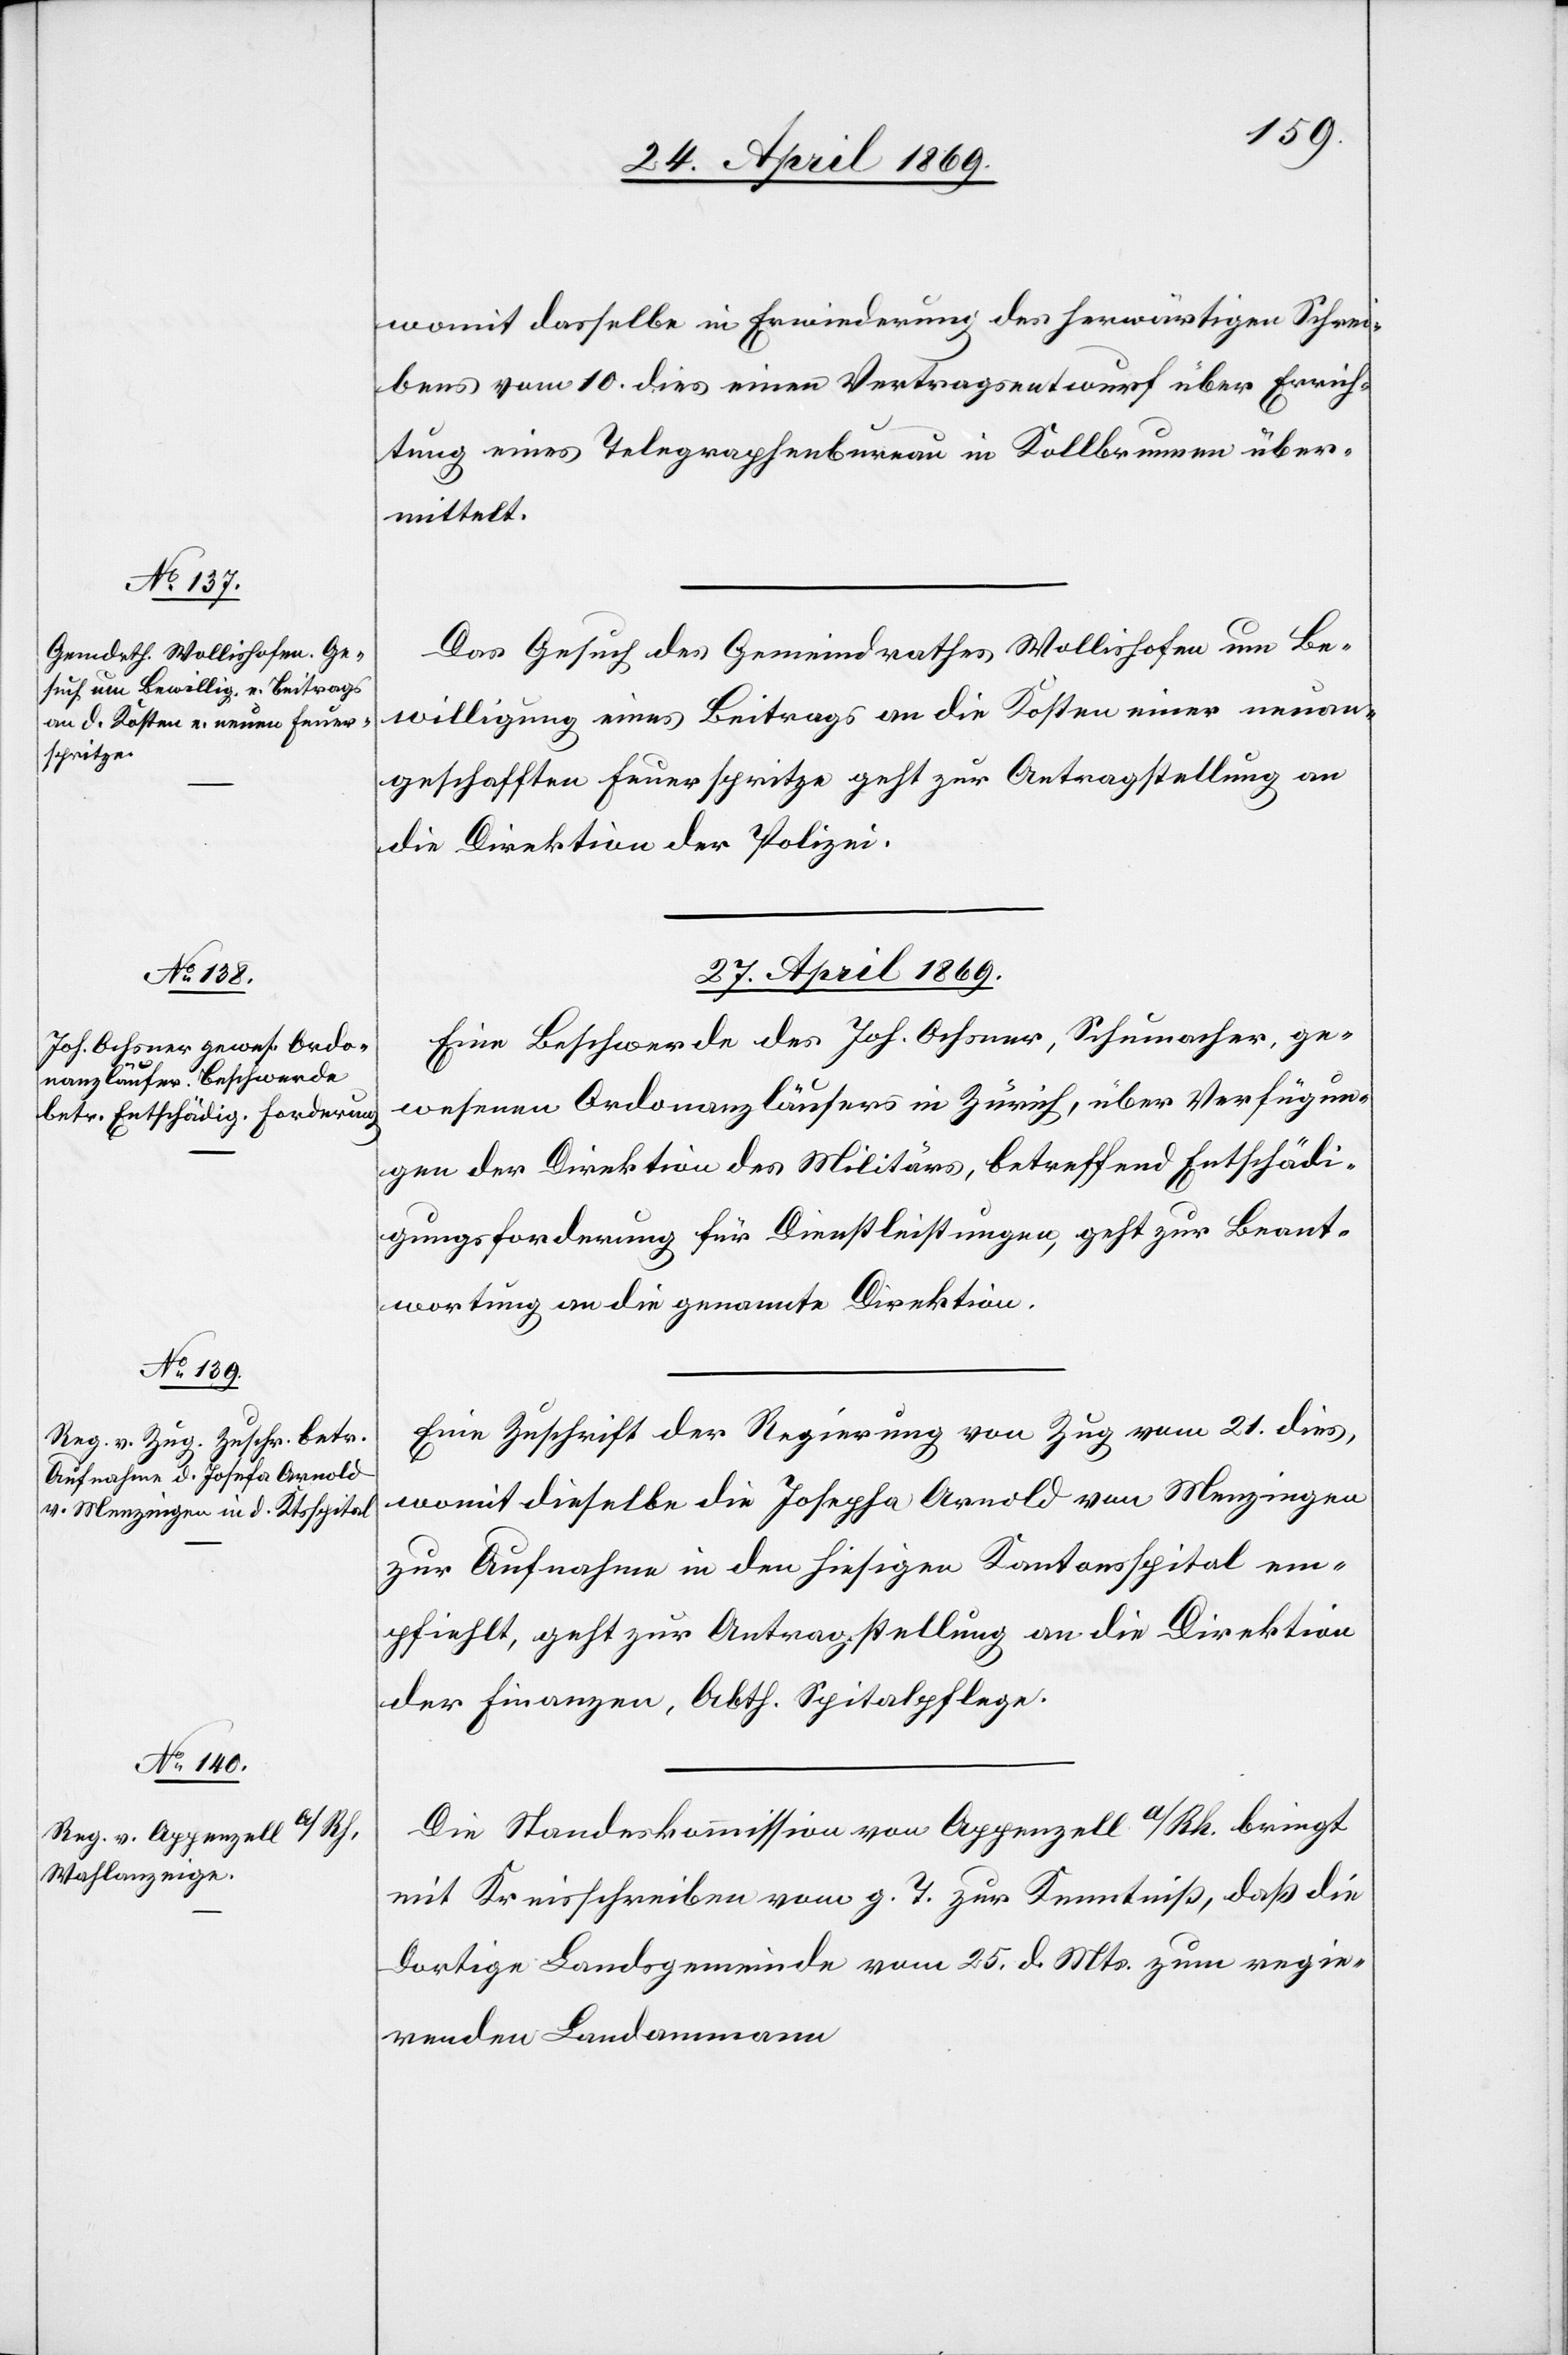
26 April 1869.]
womit dasselbe in Erwiederung des herwärtigen Schrei¬
bens vom 10 dies einen Vertragsentwurf über Errich¬
tung eines Telegraphenbureau in Kollbrunnen über¬
mittelt.
Das Gesuch des Gemeindrathes Wollishofen um Be¬
willigung eines Beitrags an die Kosten einer neuan¬
geschafften Feuerspritze geht zur Antragstellung an
die Direktion der Justiz.
27. April 1869.]
Eine Beschwerde des Joh. Ochsner, Schumacher, ge¬
wesenen Ordonanzläufers in Zürich, über Verfügun¬
gen der Direktion des Militärs, betreffend Entschädi¬
gungsforderung für Dienstleistungen, geht zur Beant¬
wortung an die genannte Direktion.
Eine Zuschrift der Regierung von Zug vom 21 dies,
womit dieselbe die Josepha [sic!] Arnold von Menzingen
zur Aufnahme in den hiesigen Kantonsspital em¬
pfiehlt, geht zur Antragstellung an die Direktion
der Finanzen, Abth. Spitalpflege.
Die Standeskommission von Appenzell a/Rh. bringt
mit Kreisschreiben vom h. T. zur Kenntniß, daß die
dortige Landsgemeinde vom 25. d. Mts. zum regie¬
renden Landammann